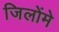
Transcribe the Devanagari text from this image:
जिलोंमे